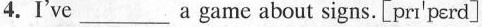
4.I've ___ a game about signs.[pri'perd]